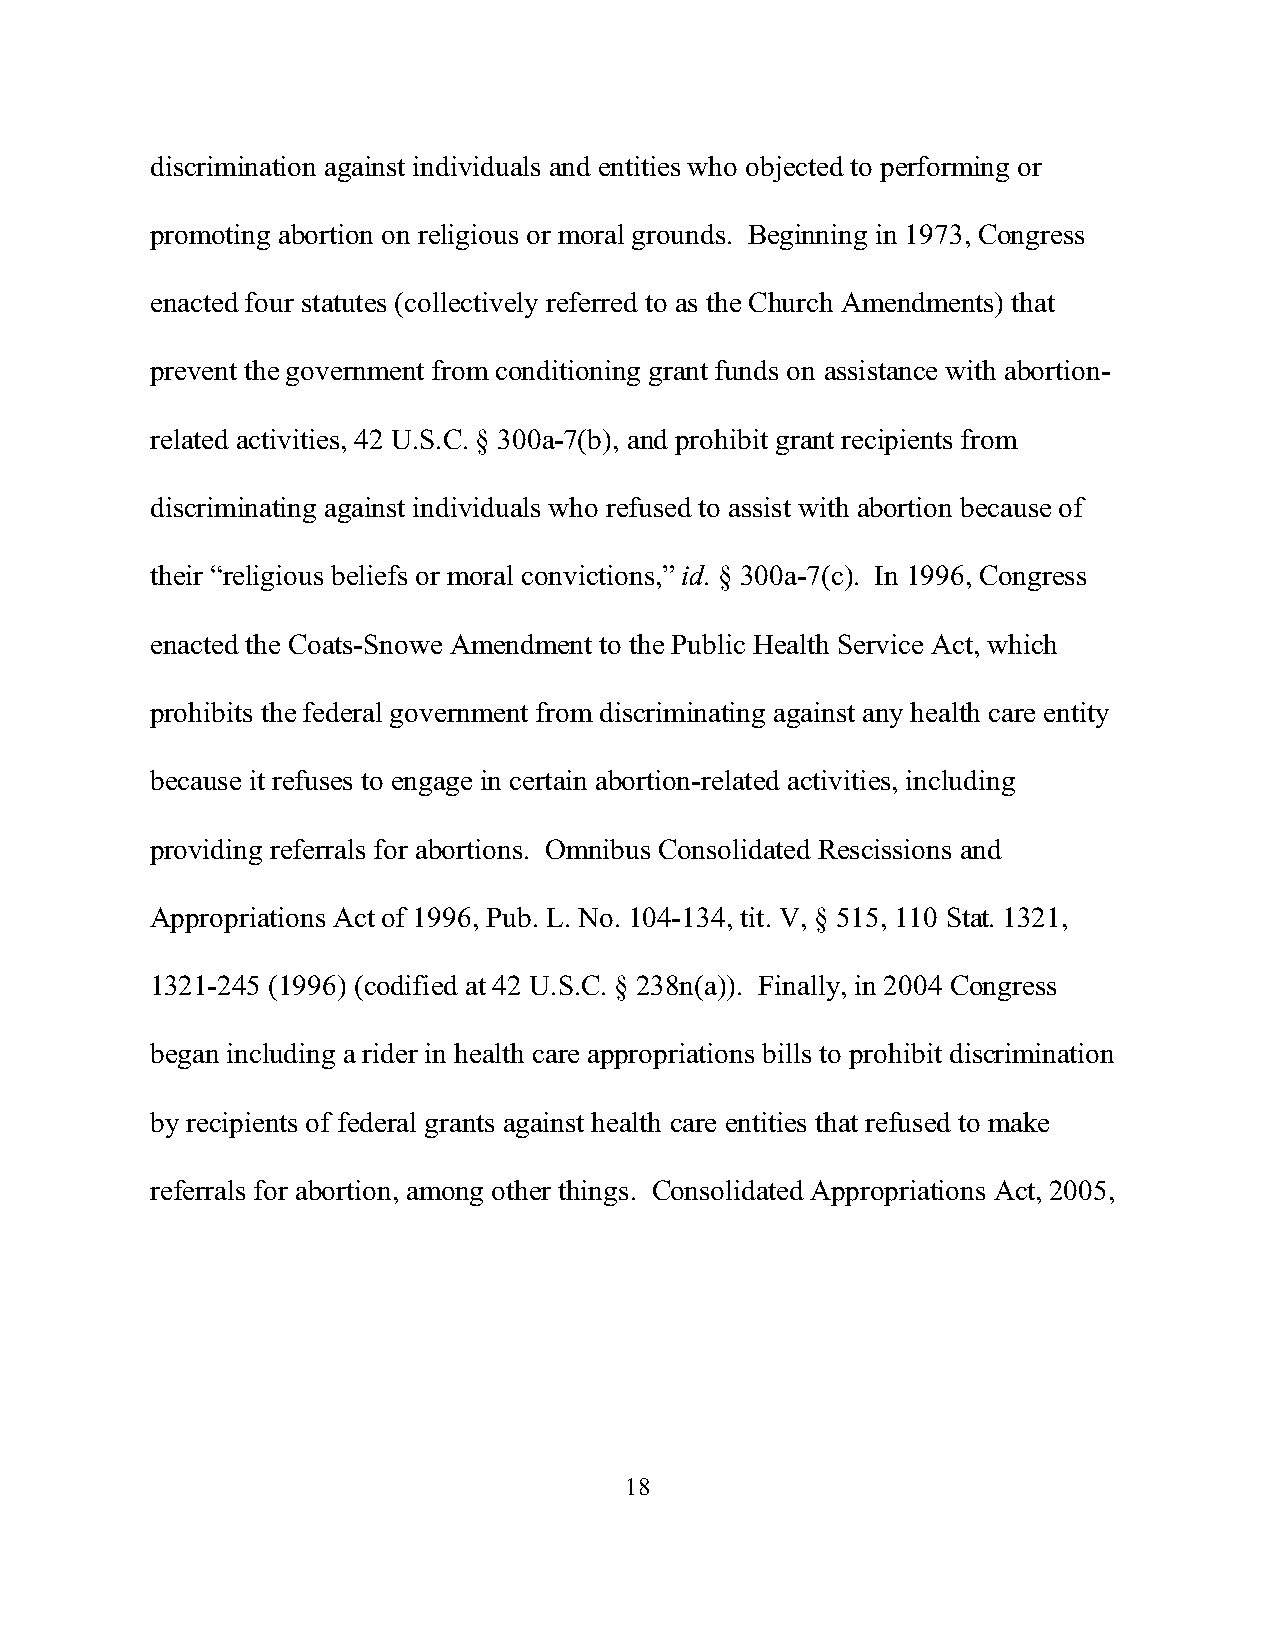
discrimination against individuals and entities who objected to performing or
 promoting abortion on religious or moral grounds. Beginning in 1973, Congress
 enacted four statutes (collectively referred to as the Church Amendments) that
 prevent the government from conditioning grant funds on assistance with abortion-
 related activities, 42 U.S.C. § 300a-7(b), and prohibit grant recipients from
 discriminating against individuals who refused to assist with abortion because of
 their “religious beliefs or moral convictions,” id. § 300a-7(c). In 1996, Congress
 enacted the Coats-Snowe Amendment to the Public Health Service Act, which
 prohibits the federal government from discriminating against any health care entity
 because it refuses to engage in certain abortion-related activities, including
 providing referrals for abortions. Omnibus Consolidated Rescissions and
 Appropriations Act of 1996, Pub. L. No. 104-134, tit. V, § 515, 110 Stat. 1321,
 1321-245 (1996) (codified at 42 U.S.C. § 238n(a)). Finally, in 2004 Congress
 began including a rider in health care appropriations bills to prohibit discrimination
 by recipients of federal grants against health care entities that refused to make
 referrals for abortion, among other things. Consolidated Appropriations Act, 2005,
 18